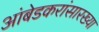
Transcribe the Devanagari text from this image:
आंबेडकरांसारख्या